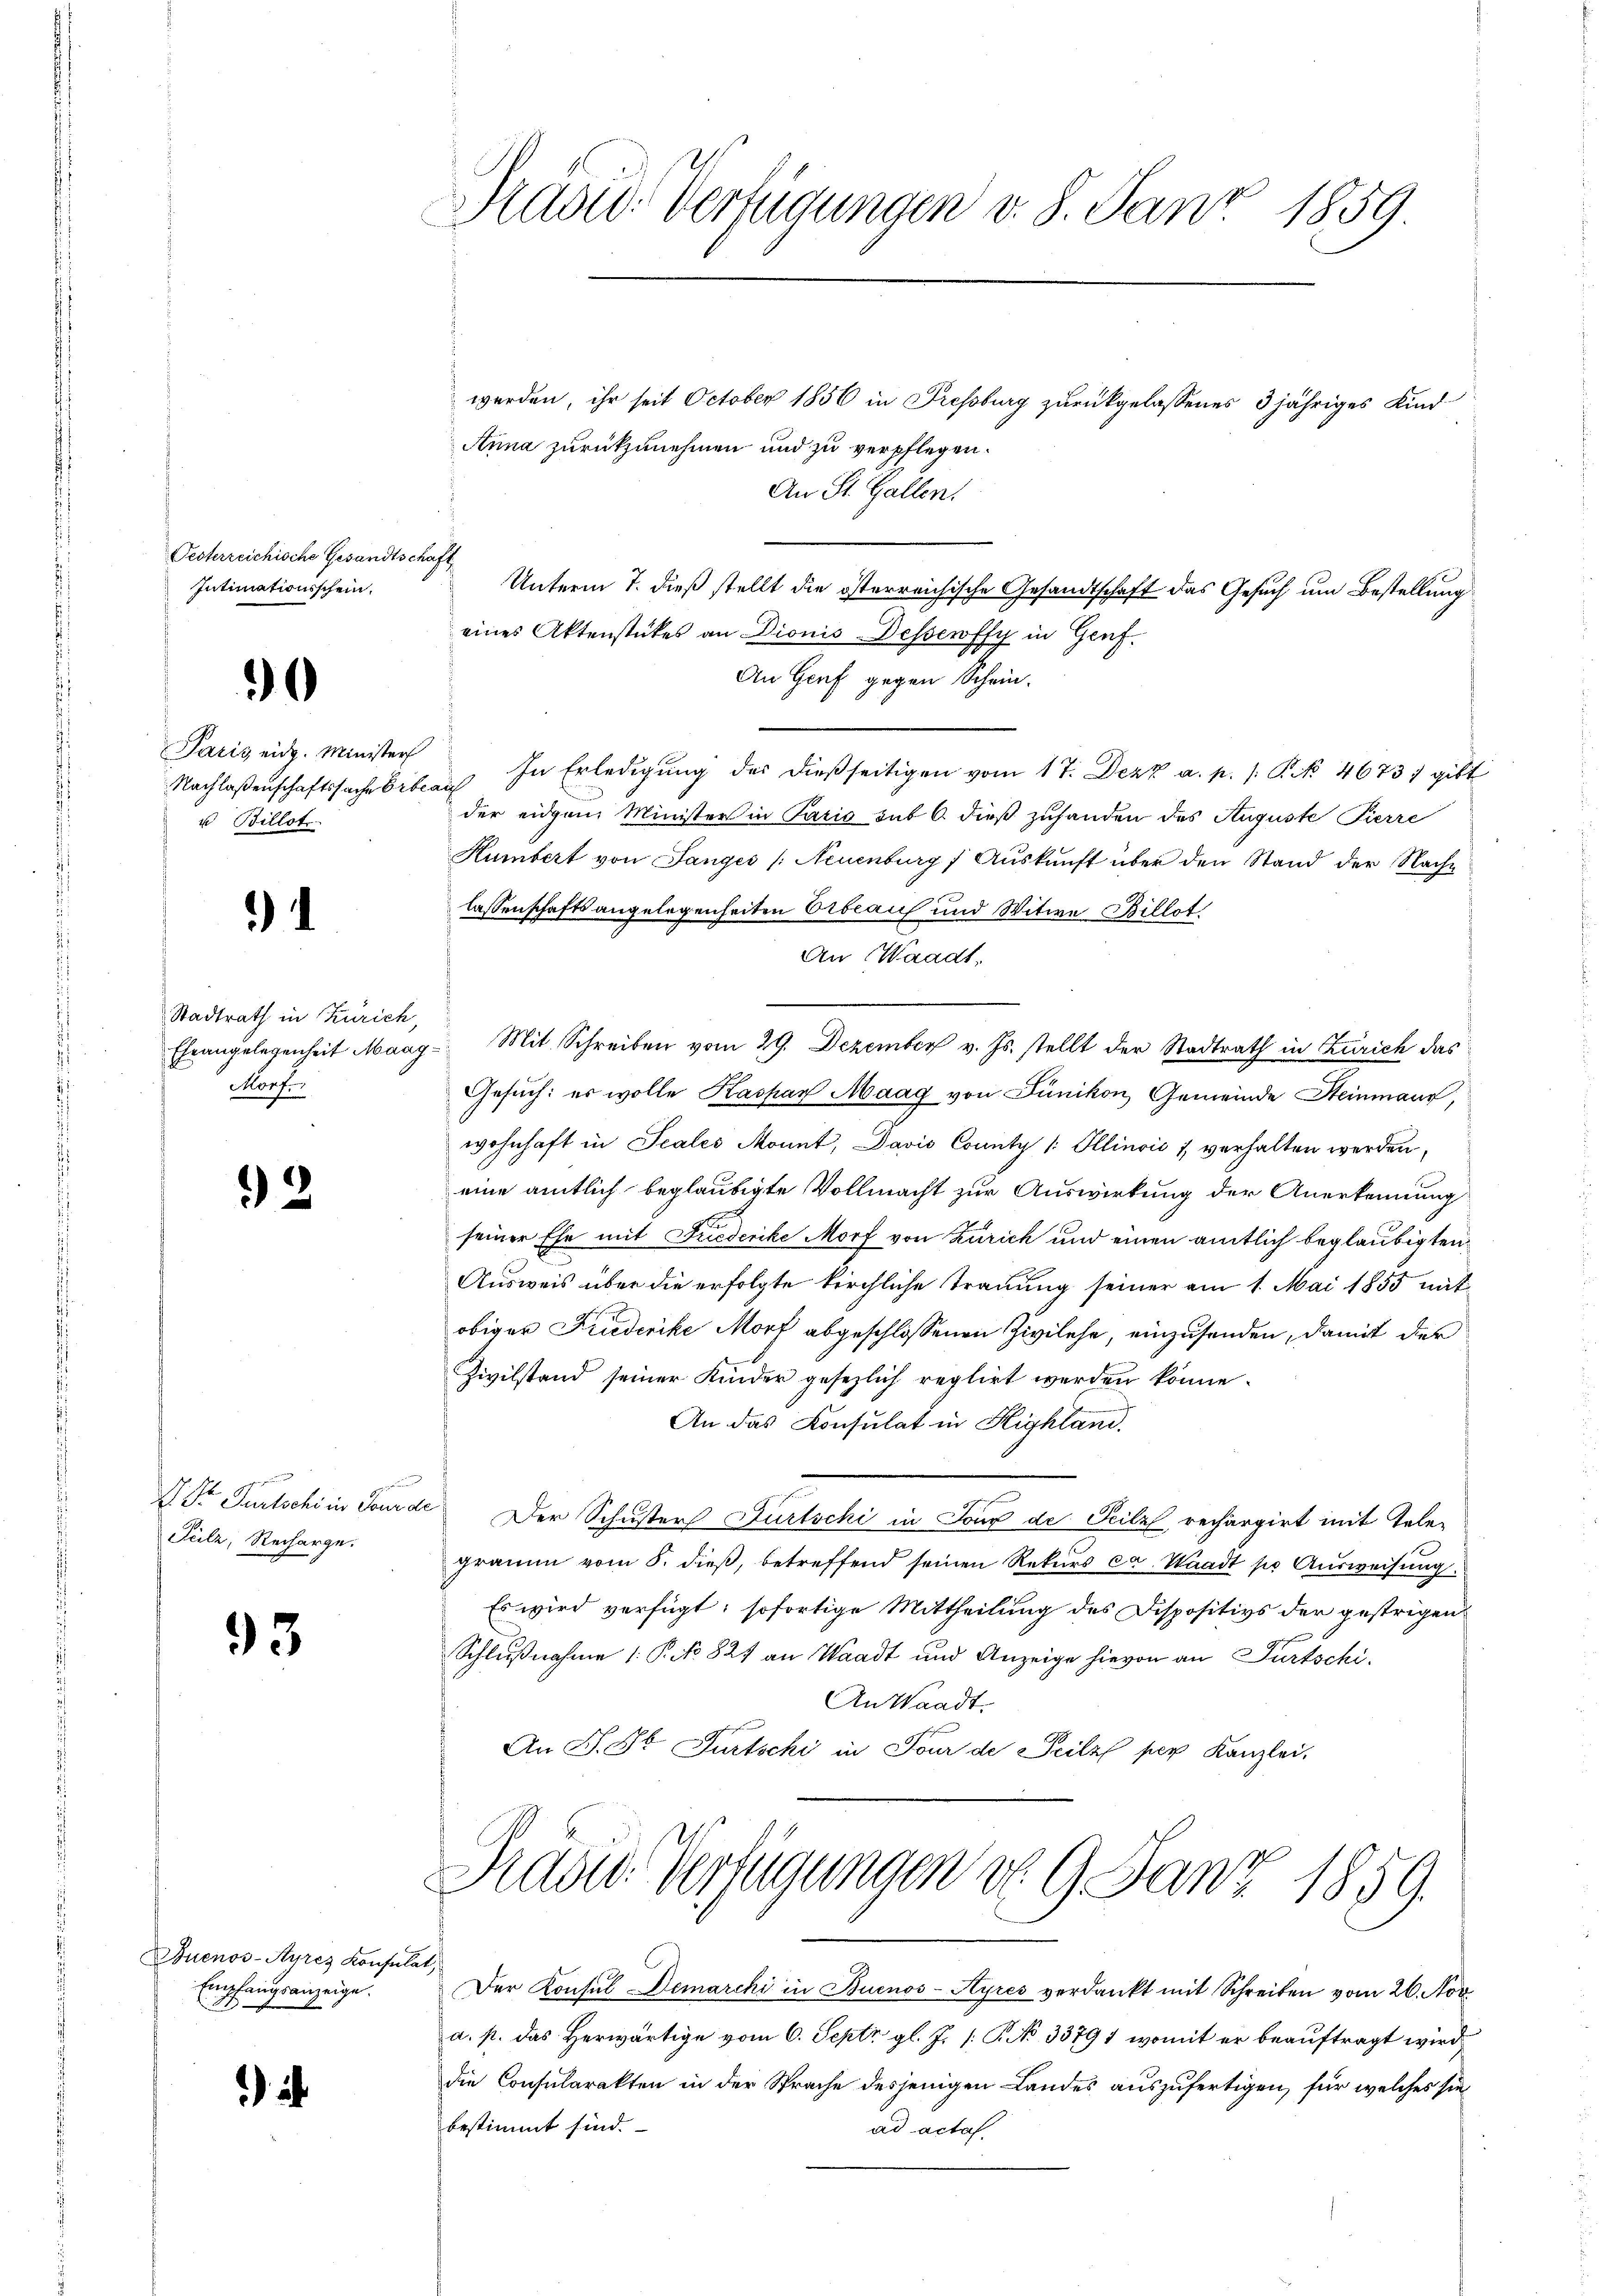
Oesterreichische Gesandtschaft
Intimationsschein.

0

Paris eidg. Minister
Nachlaßenschaftssache Er¬
u Billst

)

Stadtrath in Zürich,
Morf.

2

D. Dr. Partschi in Ford
Sulz, Recharge.

93

Juenos-Ayres Konsulat,
Empfangsanzeige.

a

Hasid. Verfügungen v. 8. Janr. 1859.

werden, ihr seit October 1856 in Pressburg zurückgelassenes 3 jähriges Kind
Anna zurückzunehmen und zu verpflegen.
An St. Gallen.
Unterm 7. dieß stellt die österreichische Gesandtschaft das Gesuch um Bestellung
eines Aktenstückes an Dionis Dessewffy in Genf.
An Genf gegen Schein.
.
tau In Erledigung des dießseitigen vom 17. Dezz a. p. 1. P. Nr. 4673) gibt
der eidgen Minister in Paris sub 6. dieß zuhanden des Auguste Pierre
Kümbert von Langes (Neuenburg, Aŭskŭnft über den Stand der Nach-
lassenschafts angelegenheiten Orbeauch und Witwe Billot
An Waadt,
Eheangelegenheit Maag Mit Schreiben vom 29. Dezember v. Js. stellt der Stadtrath in Zürich das
Gesuch: es wolle Kaspar Maag von Fünikon, Gemeinde Steinmann,
wohnhaft in Scales Monnt, Davis County |: Illinoić 1, verhalten werden,
eine amtlich beglaubigte Vollmacht zur Auswirkung der Anerkennung
seiner Ehe mit Fuederike Morf von Zürich und einen amtlich beglaubigten
Ausweis über die erfolgte kirchliche Trauung seiner am 1. Mai 1855 mit
obiger Friederike Morf abgeschlossenen Zivilehe, einzusenden, damit der
Zivilstand seiner Kinder gesezlich reglirt werden könne.
An das Konsulat in Highland.
e
Der Schuster Dürtschi in Joux de Teile, rechargirt mit Telegraum vom 8. dieß, betreffend seinen Rekurs ca. Waadt so Ausweisung.
Es wird verfügt, sofortige Mittheilung des Dispositivs der gestrigen
Schlußnahme 1. P. No 827 an Waadt und Anzeige hievon an Partschi¬
An Waadt.
An P. Dr. Fürtschi in Four de Teilz per Kanzlei,
Prasid. Verfügungen d. 9. Janz 1859.
Der Konsul Demarchi in Buenos-Ayres verdankt mit Schreiben vom 26. Nov
a. p. das Herwärtige vom 6. Septz. gl. J. P. No 33791, womit er beauftragt wird
die Consularakten in der Sprache desjenigen Landes auszufertigen, für welches sie
bestimmt sind.
ad acta